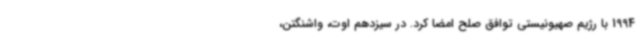
1994 با رژیم صهیونیستی توافق صلح امضا کرد. در سیزدهم اوت، واشنگتن،